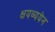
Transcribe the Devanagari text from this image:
क्षयव्ययेन